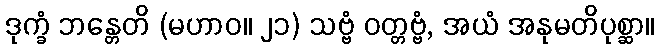
ဒုက္ခံ ဘန္တေတိ (မဟာဝ။ ၂၁) သဗ္ဗံ ဝတ္တဗ္ဗံ, အယံ အနုမတိပုစ္ဆာ။